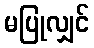
မပြုလျှင်